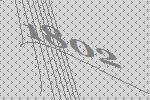
1802